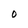
Character: O